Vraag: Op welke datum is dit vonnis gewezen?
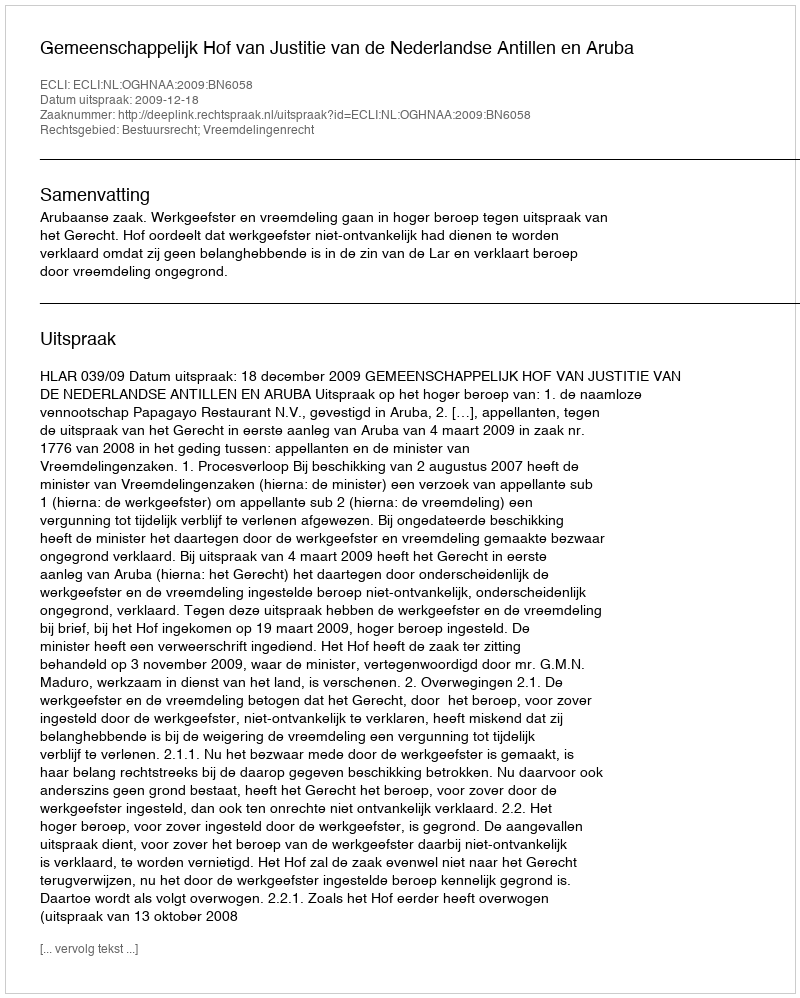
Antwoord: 2009-12-18